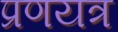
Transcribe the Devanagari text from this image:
प्रणयत्र